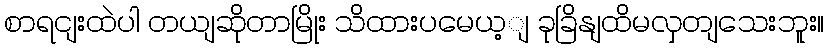
စာရငျးထဲပါ တယျဆိုတာမြိုး သိထားပမေယ့ျ ခုခြိနျထိမလှတျသေးဘူး။